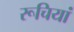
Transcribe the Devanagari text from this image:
रूचियां